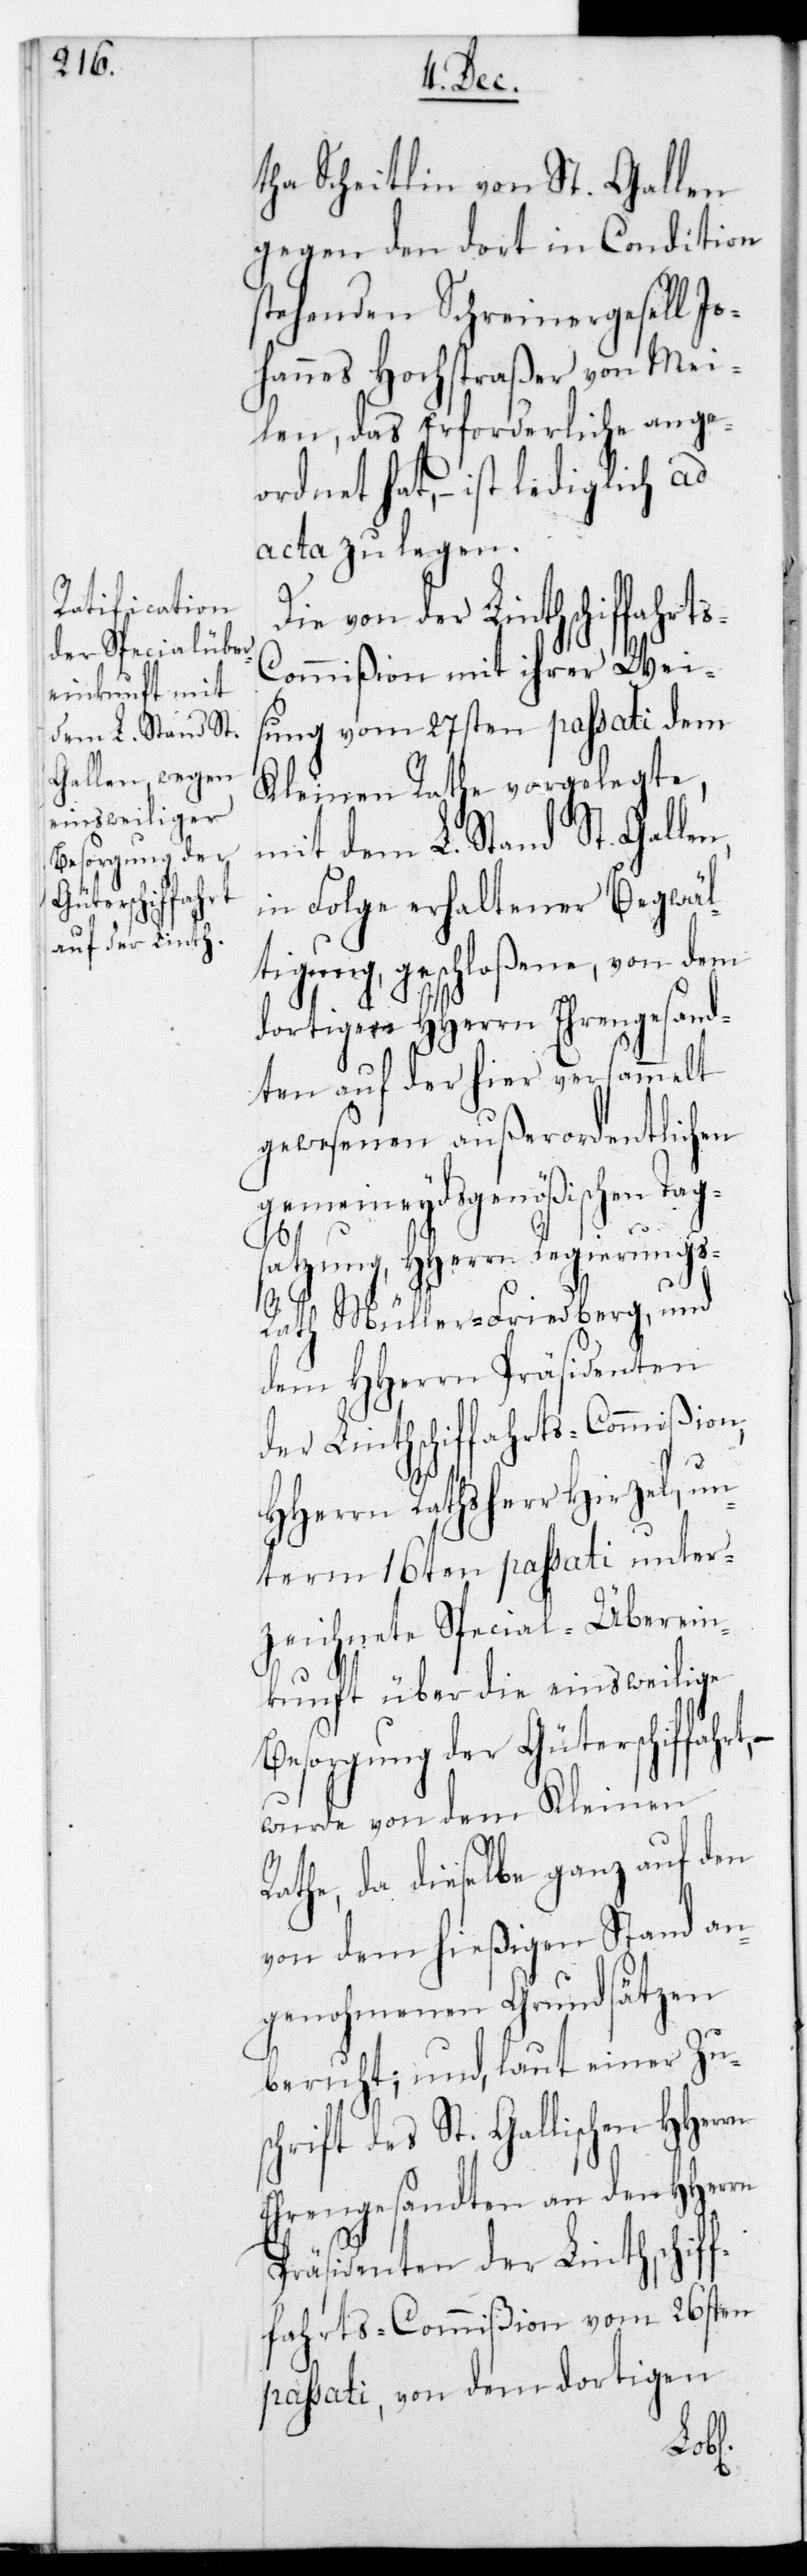
Besorgung der
Güterschifffah¬

tha Scheitlin von St. Gallen,
gegen den dort in Condition
stehenden Schreinergesell Jo¬
hannes Hochstraßer von Mei¬
len, das Erforderliche ange¬
ordnet hat, – ist lediglich ad
acta zu legen.
ung vom 27sten passati dem
Kleinen Rathe vorgelegte,
mit dem L. Stand St. Gallen
in Folge erhaltener Begwäl¬
tigung, geschloßene, von dem
dortigen HHerrn Ehrengesand¬
ten auf der hier versammelt
gewesenen außerordentlichen
gemeineydsgenößischen Tags¬
atzung, HHerrn Regierungs¬
rn
rath Müller-Friesberg, und
dem HHerrn Präsidenten
der Linthschiffahrts-Commißion,
HHerrn Rathsherr Hirzel, un¬
term 16ten passati unter¬
zeichnete Special-Überein¬
kunft über die einsweilige
wurde von dem Kleinen
e, da dieselbe ganz auf den
von dem hießigen Stand an¬
genohmenen Grundsätzen
beruht; und laut einer Zus¬
chrift des St. Gallischen HHer¬
Ehrengesandten an den HHerrn
Präsidenten der Linthschif¬
fahrts-Commißion vom 26sten
passati, von dem dortigen
Rath¬